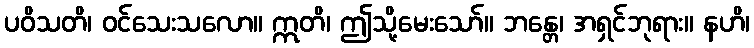
ပဝိသတိ၊ ဝင်သေးသလော။ ဣတိ၊ ဤသို့မေးသော်။ ဘန္တေ၊ အရှင်ဘုရား။ နဟိ၊